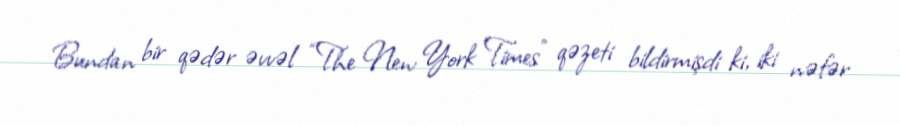
Bundan bir qədər əvvəl “The New York Times” qəzeti bildirmişdi ki, iki nəfər